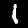
Label: 1